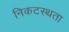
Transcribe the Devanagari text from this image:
निकटस्थता